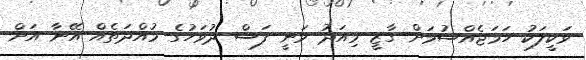
ވަކީލަކު ހަމަޖެއްސުމަށް ގާޒީ މިއަދު ވަނީ ފަސް ދުވަހުގެ މުއްދަތެއް އޭނާ އަށް